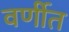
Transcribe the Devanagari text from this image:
वर्णीत